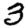
Digit: 3